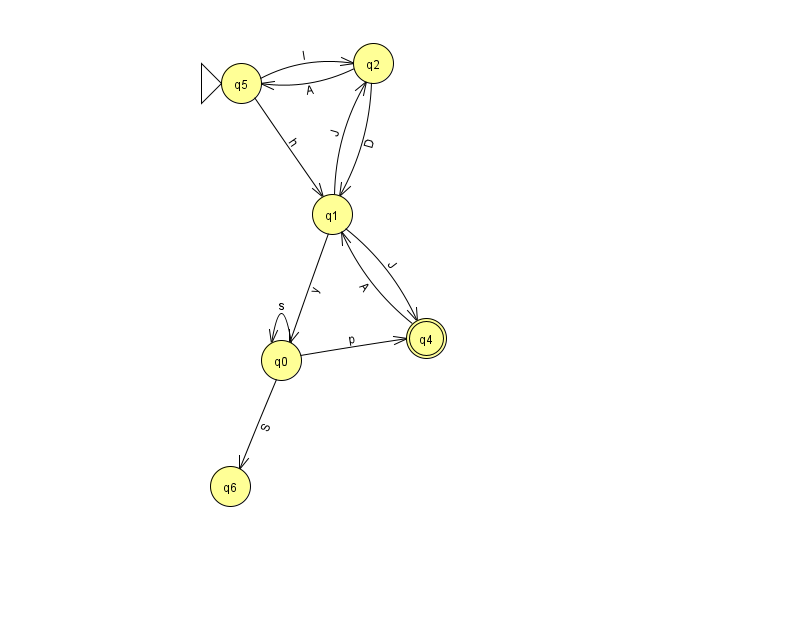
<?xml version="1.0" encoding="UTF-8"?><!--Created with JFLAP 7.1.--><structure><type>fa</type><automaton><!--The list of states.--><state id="0" name="q0"><x>281.0</x><y>347.0</y></state><state id="1" name="q1"><x>332.0</x><y>201.0</y></state><state id="2" name="q2"><x>373.0</x><y>50.0</y></state><state id="4" name="q4"><x>426.0</x><y>325.0</y><final/></state><state id="5" name="q5"><x>241.0</x><y>70.0</y><initial/></state><state id="6" name="q6"><x>230.0</x><y>473.0</y></state><!--The list of transitions.--><transition><from>5</from><to>1</to><read>h</read></transition><transition><from>0</from><to>0</to><read>s</read></transition><transition><from>0</from><to>4</to><read>p</read></transition><transition><from>2</from><to>1</to><read>D</read></transition><transition><from>5</from><to>2</to><read>l</read></transition><transition><from>4</from><to>1</to><read>A</read></transition><transition><from>2</from><to>5</to><read>A</read></transition><transition><from>1</from><to>0</to><read>y</read></transition><transition><from>1</from><to>2</to><read>J</read></transition><transition><from>1</from><to>4</to><read>J</read></transition><transition><from>0</from><to>6</to><read>S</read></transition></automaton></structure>